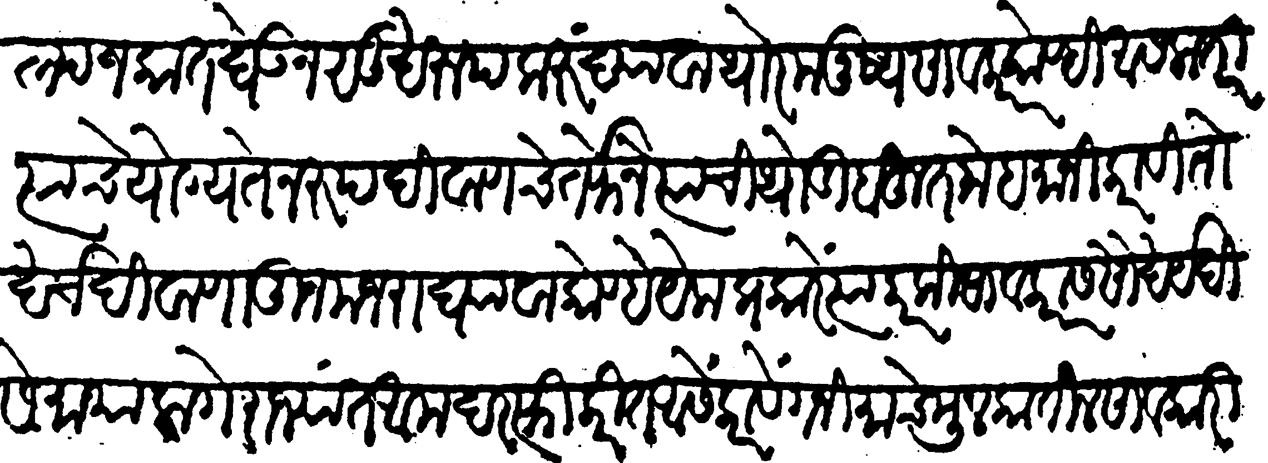
Transliteration (Devanagari): अल्पस्वल्प जकात घेऊन सुखरूप करु द्यावा थोर मनुष्य सावकार कोण्ही असला तरी त्याचे योग्यतेनुरुप दिवाणाचे तर्फेने त्याची थोडी बहुत मेहमानी करावी तो खर्च दिवाणातून मजरा घ्यावा कोण्हे येक प्रकारें त्या परकी सावकारास सौख्य दिसे माया लागे राज्यांत आमदरफ्ती करीत असें करावें गनिमाचे मुलकांतील सावकारी